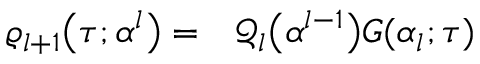
\begin{array} { r l } { \varrho _ { l + 1 } \big ( \tau ; \boldsymbol { \alpha } ^ { l } \big ) = } & { { } \mathcal { Q } _ { l } \big ( \boldsymbol { \alpha } ^ { l - 1 } \big ) G ( \alpha _ { l } ; \tau ) } \end{array}